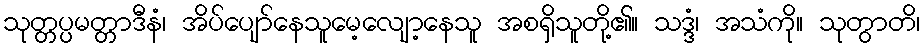
သုတ္တပ္ပမတ္တာဒီနံ၊ အိပ်ပျော်နေသူမေ့လျော့နေသူ အစရှိသူတို့၏။ သဒ္ဒံ၊ အသံကို။ သုတွာတိ၊